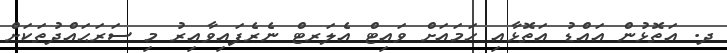
ދ. އަތޮޅުން އައްޑު އަތޮޅާއި ހަމައަށް ވައިޓް އެލަރޓް ނެރެފައިވާއިރު މި ސަރަޙައްދުތަކަށް